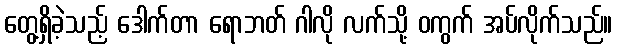
တွေ့ရှိခဲ့သည့် ဒေါက်တာ ရောဘတ် ဂါလို လက်သို့ ဝကွက် အပ်လိုက်သည်။